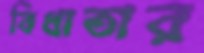
বিধাতার